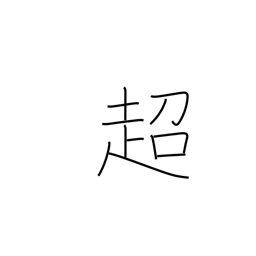
Meaning: transcend